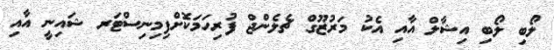
ލޯބި ލޯބި އިޝާލް އާއި އެކު މަރުޒޫގް ޗެލެންޖް ފުރިހަމަކޮށްފިމިނިސްޓަރ ޝައިނީ އާއި